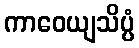
ကာဝေယျသိပ္ပံ